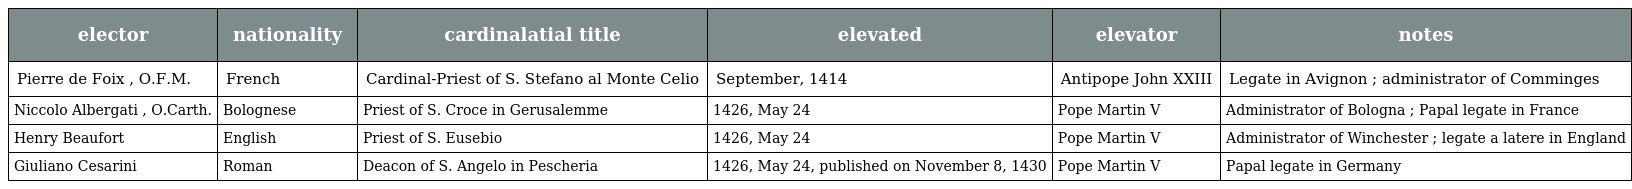
| elector | nationality | cardinalatial title | elevated | elevator | notes |
 | --- | --- | --- | --- | --- | --- |
 | Pierre de Foix , O.F.M. | French | Cardinal-Priest of S. Stefano al Monte Celio | September, 1414 | Antipope John XXIII | Legate in Avignon ; administrator of Comminges |
 | Niccolo Albergati , O.Carth. | Bolognese | Priest of S. Croce in Gerusalemme | 1426, May 24 | Pope Martin V | Administrator of Bologna ; Papal legate in France |
 | Henry Beaufort | English | Priest of S. Eusebio | 1426, May 24 | Pope Martin V | Administrator of Winchester ; legate a latere in England |
 | Giuliano Cesarini | Roman | Deacon of S. Angelo in Pescheria | 1426, May 24, published on November 8, 1430 | Pope Martin V | Papal legate in Germany |